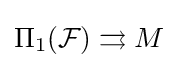
\Pi _{1}({\mathcal {F}})\rightrightarrows M